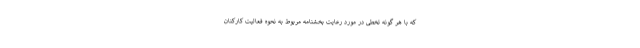
که با هر گونه تخطی در مورد رعایت بخشنامه مربوط به نحوه فعالیت کارکنان